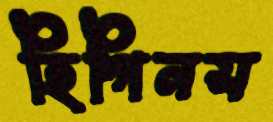
হিগিনস